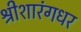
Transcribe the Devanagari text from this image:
श्रीशारंगधर